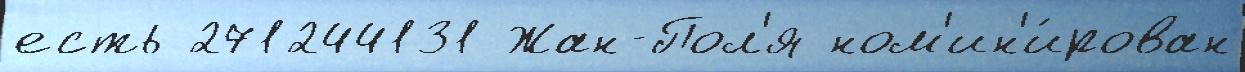
есть 271244131 Жан-Пол'я ном'ин'и́рован